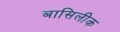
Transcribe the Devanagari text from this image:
बासिलीक